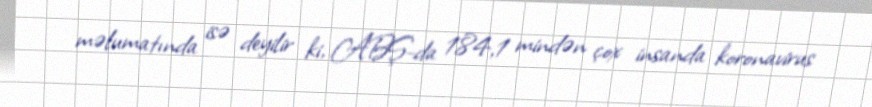
məlumatında isə deyilir ki, ABŞ-da 184,1 mindən çox insanda koronavirus